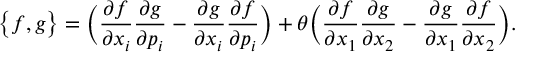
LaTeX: \big \{ f , g \big \} = \Big ( \frac { \partial f } { \partial x _ { i } } \frac { \partial g } { \partial p _ { i } } - \frac { \partial g } { \partial x _ { i } } \frac { \partial f } { \partial p _ { i } } \Big ) + \theta \Big ( \frac { \partial f } { \partial x _ { 1 } } \frac { \partial g } { \partial x _ { 2 } } - \frac { \partial g } { \partial x _ { 1 } } \frac { \partial f } { \partial x _ { 2 } } \Big ) .